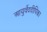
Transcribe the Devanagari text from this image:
आयुर्वेददीपिका